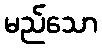
မည်သော